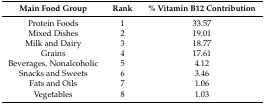
| Main Food Group | Rank | % Vitamin B12 Contribution |
 | --- | --- | --- |
 | Protein Foods | 1 | 33.57 |
 | Mixed Dishes | 2 | 19.01 |
 | Milk and Dairy | 3 | 18.77 |
 | Grains | 4 | 17.61 |
 | Beverages, Nonalcoholic | 5 | 4.12 |
 | Snacks and Sweets | 6 | 3.46 |
 | Fats and Oils | 7 | 1.06 |
 | Vegetables | 8 | 1.03 |